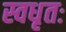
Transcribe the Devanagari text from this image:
स्वधृतः